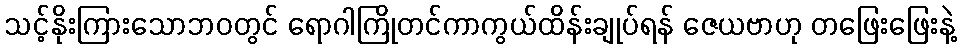
သင့်နိုးကြားသောဘဝတွင် ရောဂါကြိုတင်ကာကွယ်ထိန်းချုပ်ရန် ဇေယဗာဟု တဖြေးဖြေးနဲ့